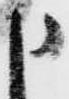
申